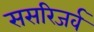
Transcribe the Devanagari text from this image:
ससरिजर्व